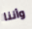
وأننا